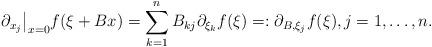
LaTeX: \begin{align*} \partial_{x_j}\big|_{x=0} f(\xi+Bx) = \sum_{k=1}^n B_{kj}\partial_{\xi_k}f(\xi) =: \partial_{B,\xi_j} f(\xi) , j=1,\ldots,n .\end{align*}